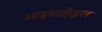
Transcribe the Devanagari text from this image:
आइसाहेड्रल